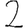
Digit: 2